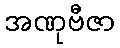
အဏုဗီဇာ